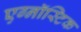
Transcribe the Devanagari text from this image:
एग्नॉस्टिक